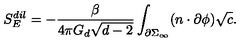
S _ { E } ^ { d i l } = - \frac { \beta } { 4 \pi G _ { d } \sqrt { d - 2 } } \int _ { \partial \Sigma _ { \infty } } ( n \cdot \partial \phi ) \sqrt { c } .